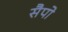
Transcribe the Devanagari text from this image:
सैपो